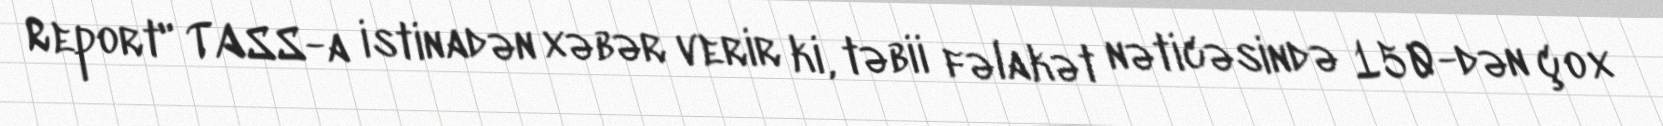
Report" TASS-a istinadən xəbər verir ki, təbii fəlakət nəticəsində 150-dən çox